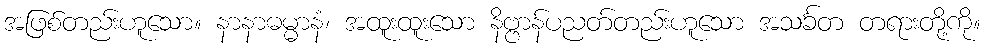
အဖြစ်တည်းဟူသော။ နာနာဓမ္မာနံ၊ အထူးထူးသော နိဗ္ဗာန်ပညတ်တည်းဟူသော အသင်္ခတ တရားတို့ကို။